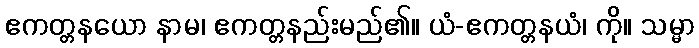
ဧကတ္တနယော နာမ၊ ဧကတ္တနည်းမည်၏။ ယံ-ဧကတ္တနယံ၊ ကို။ သမ္မာ